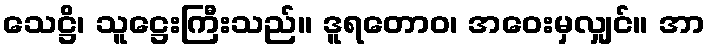
သေဋ္ဌိ၊ သူဋ္ဌေးကြီးသည်။ ဒူရတောဝ၊ အဝေးမှလျှင်။ အာ